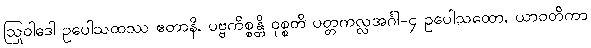
ဩဝါဒေါ ဥပေါသထဿ ဧတာနိ, ပုဗ္ဗကိစ္စန္တိ ဝုစ္စတိ ပတ္တကလ္လအင်္ဂါ-၄ ဥပေါသထော, ယာဝတိကာ